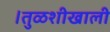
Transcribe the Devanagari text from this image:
।तुळशीखाली